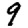
Digit: 9